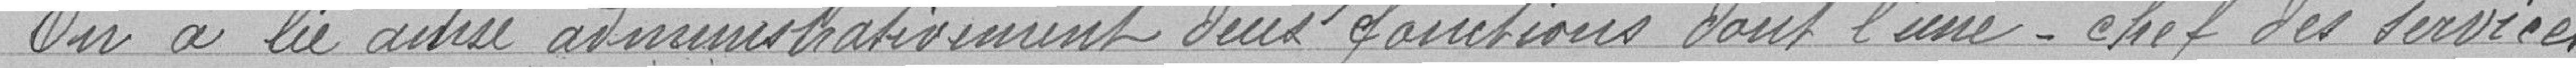
On la lié ainsi administrativement deux fonctions dont l'une -chef des services